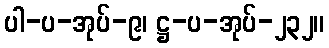
ပါ-ပ-အုပ်-၉၊ ဋ္ဌ-ပ-အုပ်-၂၃၂။